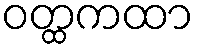
ဝတ္ထကထာ